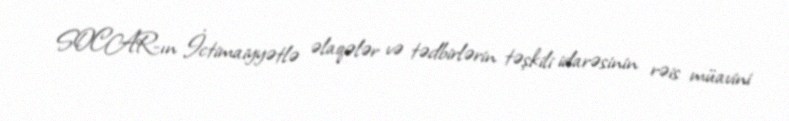
SOCAR-ın İctimaiyyətlə əlaqələr və tədbirlərin təşkili idarəsinin rəis müavini